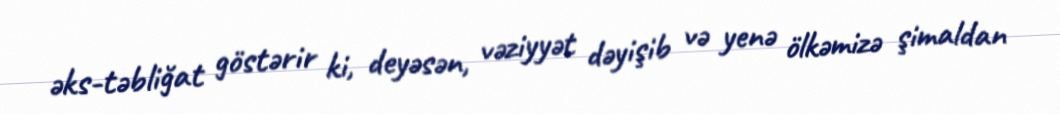
əks-təbliğat göstərir ki, deyəsən, vəziyyət dəyişib və yenə ölkəmizə şimaldan